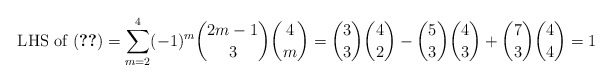
\begin{align*} \text{ LHS of (\ref{eqn:final})} = \sum_{m=2}^4 (-1)^m \binom{2m-1}{3} \binom{4}{m} = \binom{3}{3} \binom{4}{2} - \binom{5}{3} \binom{4}{3} + \binom{7}{3} \binom{4}{4} = 1 \end{align*}